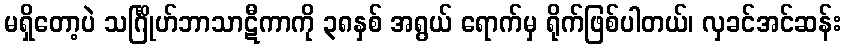
မရှိတော့ပဲ သင်္ဂြိုဟ်ဘာသာဋီကာကို ၃၈နှစ် အရွယ် ရောက်မှ ရိုက်ဖြစ်ပါတယ်၊ လှခင်အင်ဆန်း